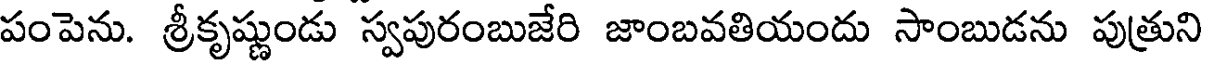
పంపెను. శ్రీకృష్ణుండు స్వపురంబుజేరి జాంబవతియందు సాంబుడను పుత్రుని